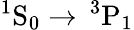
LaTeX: ^1\mathrm{S}_{0}\rightarrow\, ^{3}\mathrm{P}_{1}